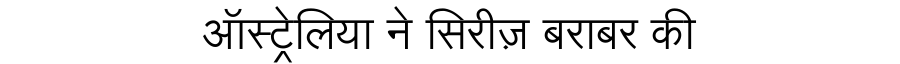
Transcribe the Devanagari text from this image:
ऑस्ट्रेलिया ने सिरीज़ बराबर की